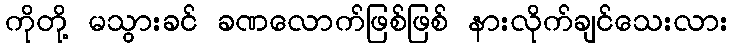
ကိုတို့ မသွားခင် ခဏလောက်ဖြစ်ဖြစ် နားလိုက်ချင်သေးလား